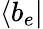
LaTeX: {\left\langle{b_{e}}\right|}